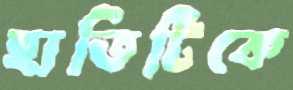
হাতিটিকে